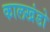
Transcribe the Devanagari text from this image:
कालखंडो